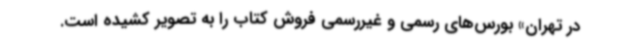
در تهران» بورس‌های رسمی و غیررسمی فروش کتاب را به تصویر کشیده است.